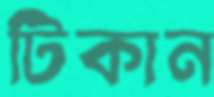
টিকান